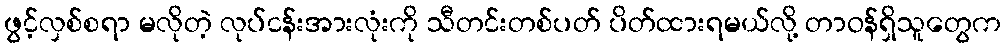
ဖွင့်လှစ်စရာ မလိုတဲ့ လုပ်ငန်းအားလုံးကို သီတင်းတစ်ပတ် ပိတ်ထားရမယ်လို့ တာဝန်ရှိသူတွေက